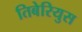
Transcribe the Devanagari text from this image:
तिबेरियुस